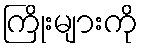
ကြိုးများကို